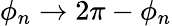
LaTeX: \phi_{n}\rightarrow 2\pi-\phi_{n}